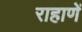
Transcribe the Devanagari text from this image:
राहाणें